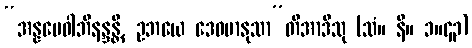
“အန္နမေဝါဘိနန္ဒန္တိ, ဥဘယေ ဒေဝမာနုသာ”တိအာဒီသု (သံ။ နိ။ ၁။၄၃)